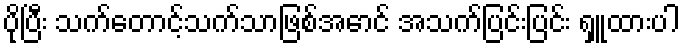
ပိုပြီး သက်တောင့်သက်သာဖြစ်အောင် အသက်ပြင်းပြင်း ရှူထားပါ